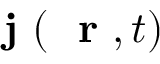
\mathrm { ~ \bf ~ j ~ } ( \mathrm { ~ \bf ~ r ~ } , t )